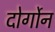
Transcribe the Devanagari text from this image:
दोर्गोन